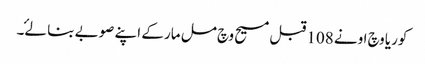
کوریا وچ اونے 108 قبل مسیح وچ مل مار کے اپنے صوبے بنا لۓ۔